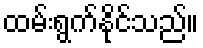
ထမ်းရွက်နိုင်သည်။